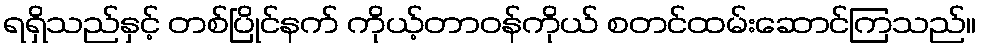
ရရှိသည်နှင့် တစ်ပြိုင်နက် ကိုယ့်တာဝန်ကိုယ် စတင်ထမ်းဆောင်ကြသည်။